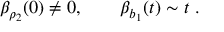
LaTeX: \beta _ { \rho _ { 2 } } ( 0 ) \not = 0 , \qquad \beta _ { b _ { 1 } } ( t ) \sim t \ .